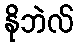
နိုဘဲလ်